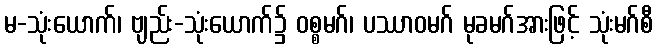
မ-သုံးယောက်၊ ဗျည်း-သုံးယောက်၌ ဝစ္စမဂ်၊ ပဿာဝမဂ် မုခမဂ်အားဖြင့် သုံးမဂ်စီ